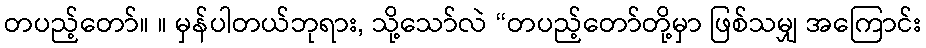
တပည့်တော်။ ။ မှန်ပါတယ်ဘုရား, သို့သော်လဲ “တပည့်တော်တို့မှာ ဖြစ်သမျှ အကြောင်း